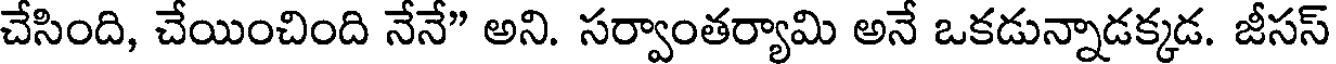
చేసింది, చేయించింది నేనే" అని. సర్వాంతర్యామి అనే ఒకడున్నాడక్కడ. జీసస్